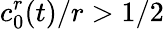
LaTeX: c_{0}^{r}(t)/r>1/2